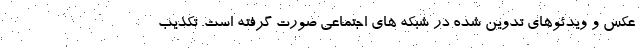
عکس و ویدئوهای تدوین شده در شبکه های اجتماعی صورت گرفته است. تکذیب